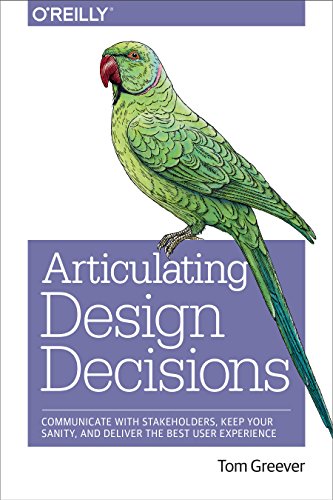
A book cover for Articulating Design Decisions: Communicate with Stakeholders, Keep Your Sanity, and Deliver the Best User Experience; Tom Greever; Computers & Technology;